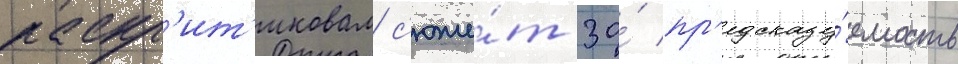
раскр'ит'иковал с'юже́т за́ пр'едсказу́емость